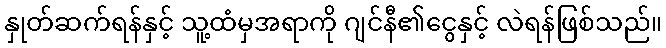
နှုတ်ဆက်ရန်နှင့် သူ့ထံမှအရာကို ဂျင်နီ၏ငွေနှင့် လဲရန်ဖြစ်သည်။